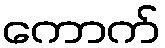
ကောက်